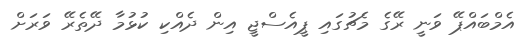
އެމްބައްޕޭ ވަނީ ރޭގެ މެޗުގައި ޕީއެސްޖީ އިން ދެއްކި ކުޅުމާ ދޭތެރޭ ވަރަށް